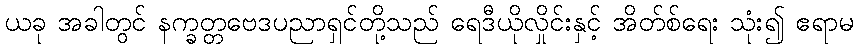
ယခု အခါတွင် နက္ခတ္တဗေဒပညာရှင်တို့သည် ရေဒီယိုလှိုင်းနှင့် အိတ်စ်ရေး သုံး၍ ဧရာမ